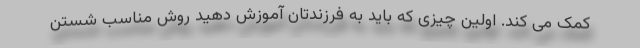
کمک می کند. اولین چیزی که باید به فرزندتان آموزش دهید روش مناسب شستن